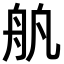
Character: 舧